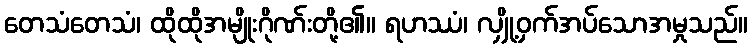
တေသံတေသံ၊ ထိုထိုအမျိုးဂိုဏ်းတို့၏။ ရဟဿံ၊ လျှို့ဝှက်အပ်သောအမှုသည်။